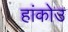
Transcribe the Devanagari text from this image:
हांकोउ